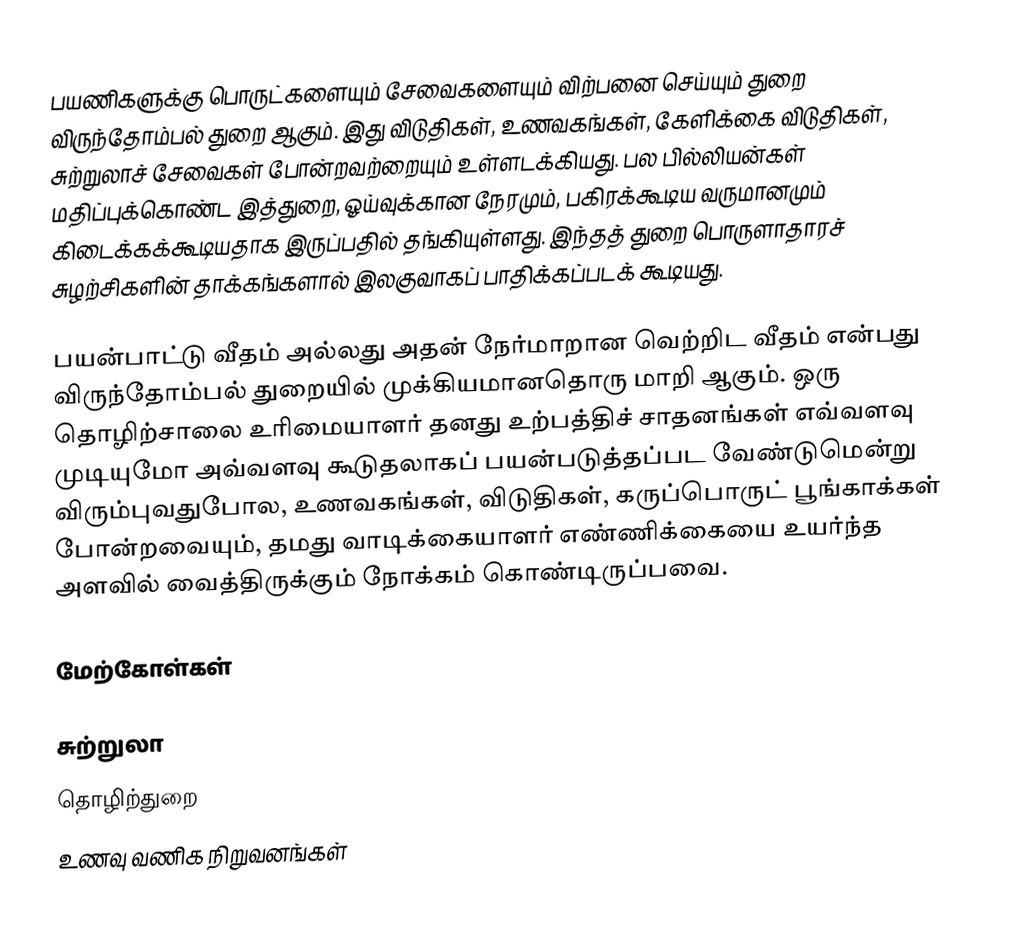
பயணிகளுக்கு பொருட்களையும் சேவைகளையும் விற்பனை செய்யும் துறை விருந்தோம்பல் துறை ஆகும். இது விடுதிகள், உணவகங்கள், கேளிக்கை விடுதிகள், சுற்றுலாச் சேவைகள் போன்றவற்றையும் உள்ளடக்கியது. பல பில்லியன்கள் மதிப்புக்கொண்ட இத்துறை, ஓய்வுக்கான நேரமும், பகிரக்கூடிய வருமானமும் கிடைக்கக்கூடியதாக இருப்பதில் தங்கியுள்ளது. இந்தத் துறை பொருளாதாரச் சுழற்சிகளின் தாக்கங்களால் இலகுவாகப் பாதிக்கப்படக் கூடியது.

பயன்பாட்டு வீதம் அல்லது அதன் நேர்மாறான வெற்றிட வீதம் என்பது விருந்தோம்பல் துறையில் முக்கியமானதொரு மாறி ஆகும். ஒரு தொழிற்சாலை உரிமையாளர் தனது உற்பத்திச் சாதனங்கள் எவ்வளவு முடியுமோ அவ்வளவு கூடுதலாகப் பயன்படுத்தப்பட வேண்டுமென்று விரும்புவதுபோல, உணவகங்கள், விடுதிகள், கருப்பொருட் பூங்காக்கள் போன்றவையும், தமது வாடிக்கையாளர் எண்ணிக்கையை உயர்ந்த அளவில் வைத்திருக்கும் நோக்கம் கொண்டிருப்பவை.

மேற்கோள்கள்

சுற்றுலா
தொழிற்துறை
உணவு வணிக நிறுவனங்கள்